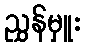
ညွှန်မှူး